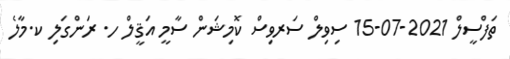
ތަފްސީލް 2021-07-15 ސިވިލް ސަރވިސް ކޮމިޝަން ސާމީ އަޤީލް ހ. ރަންގަލި ކ.މާލެ